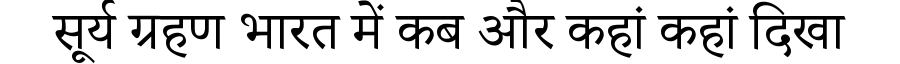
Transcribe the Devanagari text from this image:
सूर्य ग्रहण भारत में कब और कहां कहां दिखा